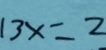
1 3 x = 2